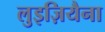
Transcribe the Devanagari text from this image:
लुइज़ियैना